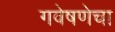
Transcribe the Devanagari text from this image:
गवेषणेचा